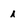
Character: i